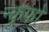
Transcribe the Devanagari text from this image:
न्कुफो